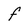
Character: f